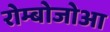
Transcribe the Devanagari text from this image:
रोम्बोजोआ